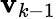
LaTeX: \mathbf{v}_{k-1}